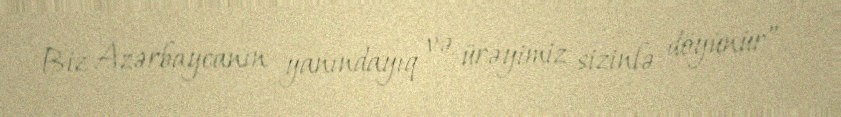
Biz Azərbaycanın yanındayıq və ürəyimiz sizinlə döyünür”.